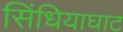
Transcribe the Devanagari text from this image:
सिंधियाघाट